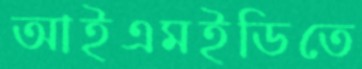
আইএমইডিতে